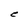
Character: C